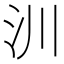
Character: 汌